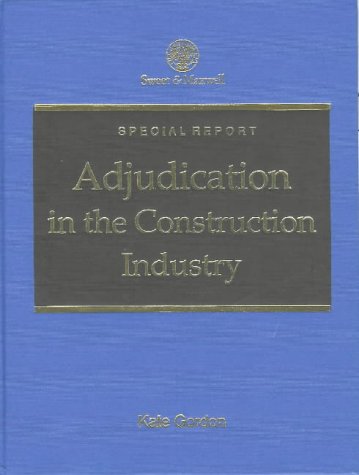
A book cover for Adjudication in the Construction Industry: Special Report (Special Report Series); Kate Gordon; Law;